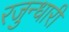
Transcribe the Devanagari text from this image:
रजुन्धारी